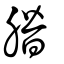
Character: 䐶